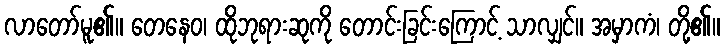
လာတော်မူ၏။ တေနေဝ၊ ထိုဘုရားဆုကို တောင်းခြင်းကြောင့် သာလျှင်။ အမှာကံ၊ တို့၏။